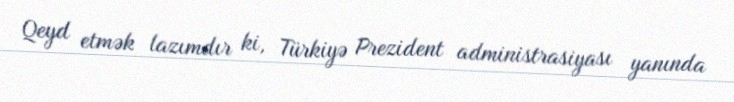
Qeyd etmək lazımdır ki, Türkiyə Prezident administrasiyası yanında